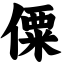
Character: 僳